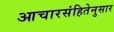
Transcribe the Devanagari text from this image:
आचारसंहितेनुसार